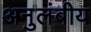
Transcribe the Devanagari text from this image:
अनुलंबीय